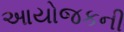
આયોજકની